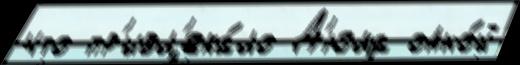
что пр'ивл'ека́ло Д'юма одно́й